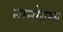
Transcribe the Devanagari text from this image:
नानोग्रम्स